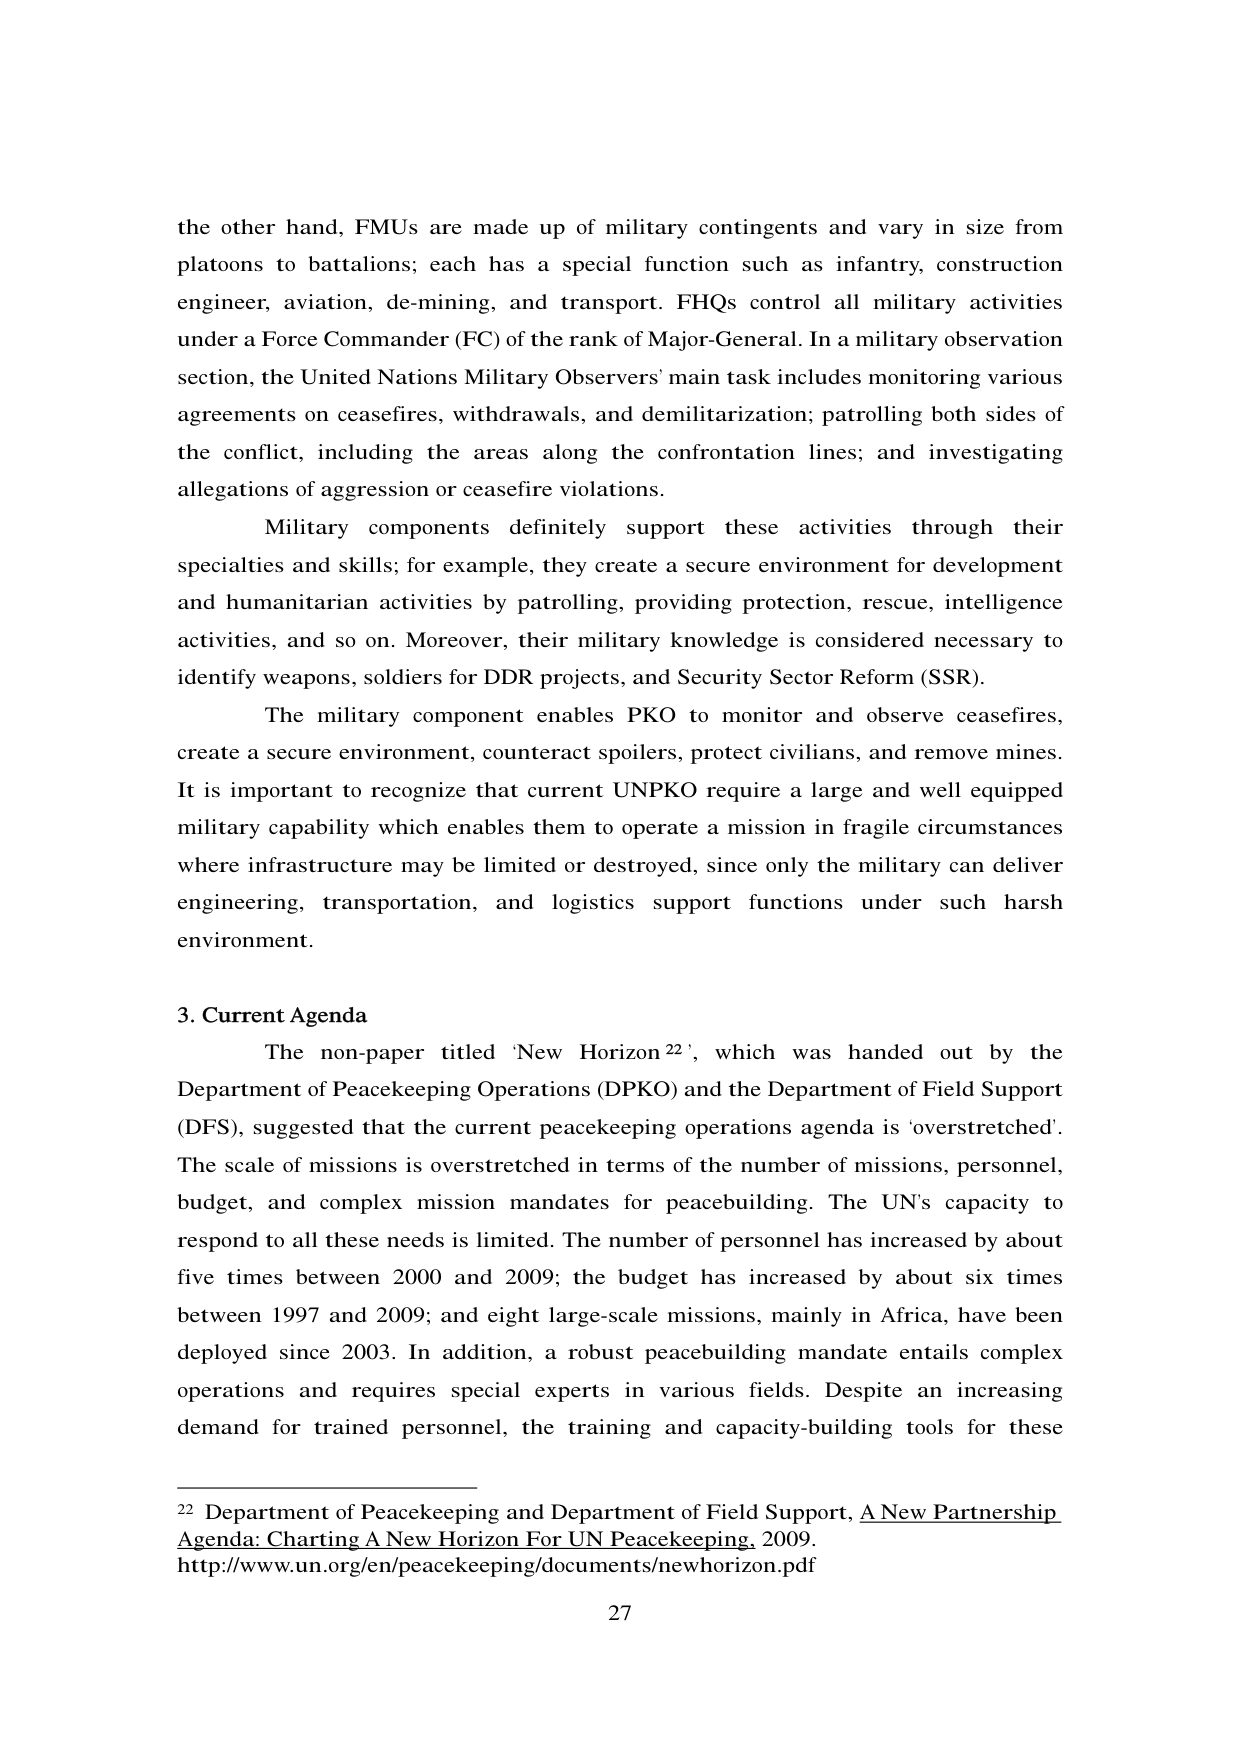
the other hand, FMUs are made up of military contingents and vary in size from platoons to battalions; each has a special function such as infantry, construction engineer, aviation, de-mining, and transport. FHQs control all military activities under a Force Commander (FC) of the rank of Major-General. In a military observation section, the United Nations Military Observers' main task includes monitoring various agreements on ceasefires, withdrawals, and demilitarization; patrolling both sides of the conflict, including the areas along the confrontation lines; and investigating allegations of aggression or ceasefire violations.

Military components definitely support these activities through their specialties and skills; for example, they create a secure environment for development and humanitarian activities by patrolling, providing protection, rescue, intelligence activities, and so on. Moreover, their military knowledge is considered necessary to identify weapons, soldiers for DDR projects, and Security Sector Reform (SSR).

The military component enables PKO to monitor and observe ceasefires, create a secure environment, counteract spoilers, protect civilians, and remove mines. It is important to recognize that current UNPKO require a large and well equipped military capability which enables them to operate a mission in fragile circumstances where infrastructure may be limited or destroyed, since only the military can deliver engineering, transportation, and logistics support functions under such harsh environment.

3. Current Agenda

The non-paper titled 'New Horizon²²', which was handed out by the Department of Peacekeeping Operations (DPKO) and the Department of Field Support (DFS), suggested that the current peacekeeping operations agenda is 'overstretched'. The scale of missions is overstretched in terms of the number of missions, personnel, budget, and complex mission mandates for peacebuilding. The UN's capacity to respond to all these needs is limited. The number of personnel has increased by about five times between 2000 and 2009; the budget has increased by about six times between 1997 and 2009; and eight large-scale missions, mainly in Africa, have been deployed since 2003. In addition, a robust peacebuilding mandate entails complex operations and requires special experts in various fields. Despite an increasing demand for trained personnel, the training and capacity-building tools for these

²² Department of Peacekeeping and Department of Field Support, A New Partnership Agenda: Charting A New Horizon For UN Peacekeeping, 2009. http://www.un.org/en/peacekeeping/documents/newhorizon.pdf

27